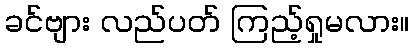
ခင်ဗျား လည်ပတ် ကြည့်ရှုမလား။